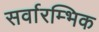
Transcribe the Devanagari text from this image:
सर्वारम्भिक